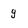
Character: g